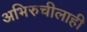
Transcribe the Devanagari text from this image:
अभिरुचीलाही